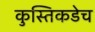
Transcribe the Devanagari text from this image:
कुस्तिकडेच